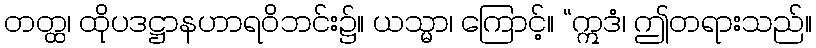
တတ္ထ၊ ထိုပဒဋ္ဌာနဟာရဝိဘင်း၌။ ယသ္မာ၊ ကြောင့်။ “ဣဒံ၊ ဤတရားသည်။